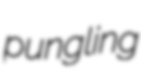
pungling